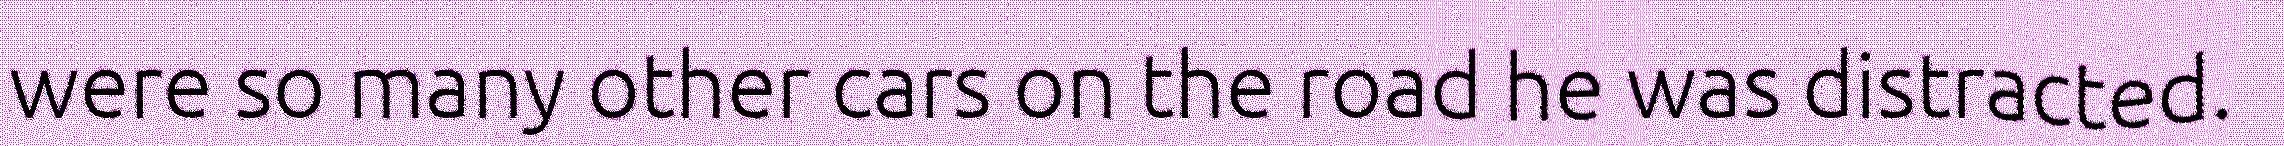
were so many other cars on the road he was distracted.